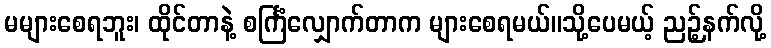
မများစေရဘူး၊ ထိုင်တာနဲ့ စင်္ကြံလျှောက်တာက များစေရမယ်။သို့ပေမယ့် ညဉ့်နက်လို့